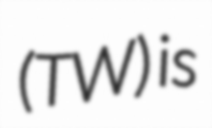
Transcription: (TW) is